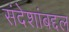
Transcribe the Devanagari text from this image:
संदेशांबद्दल